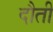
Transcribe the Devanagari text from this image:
दौती